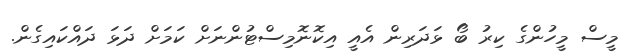
މީސް މީހުންގެ ކިރު ބޯ ޅަދަރިން އެއީ އިކޮނޮމިސްޓުންނަށް ކަމަށް ދަޅަ ދައްކައިގެން.